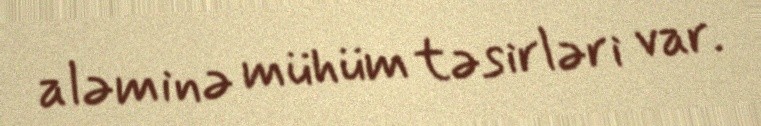
aləminə mühüm təsirləri var.